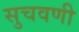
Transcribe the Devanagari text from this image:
सुचवणी